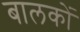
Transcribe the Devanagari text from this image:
बालकोंं